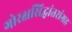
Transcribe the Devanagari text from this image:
गोरक्षसिद्धांतसंग्रह